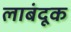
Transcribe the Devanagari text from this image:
लाबंदूक